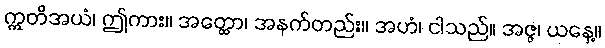
ဣတိအယံ၊ ဤကား။ အတ္ထော၊ အနက်တည်း။ အဟံ၊ ငါသည်။ အဇ္ဇ၊ ယနေ့။